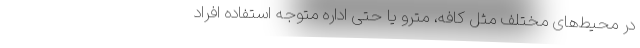
در محیط‌های مختلف مثل کافه، مترو یا حتی اداره متوجه استفاده افراد